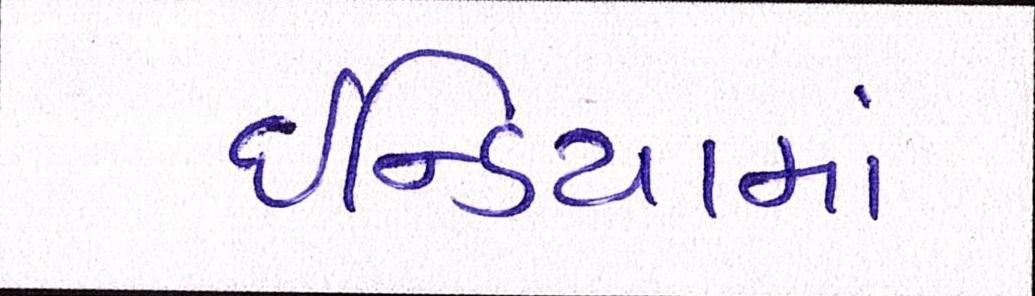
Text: ઇન્ડિયામાં